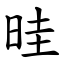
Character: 晆